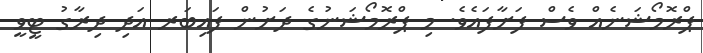
ޕްރޮމޯޝަނެއް ވެސް ފަށާފައެވެ. މި ޕްރޮމޯޝަނުގެ ދަށުން ފައިބަރ އަދި ދިރާގު ޓީވީ